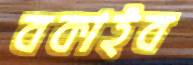
বকাইব